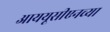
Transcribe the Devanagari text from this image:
आययूसीएनच्या